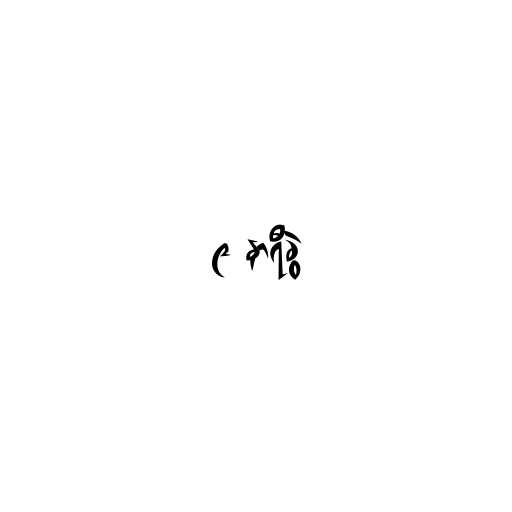
၉ နာရီခွဲ